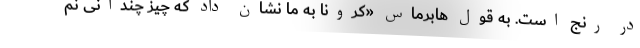
در رنج است. به قول هابرماس «کرونا به ما نشان داد که چیز چندانی نم